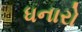
ધનારો